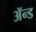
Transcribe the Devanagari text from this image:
ॲन्‍ड